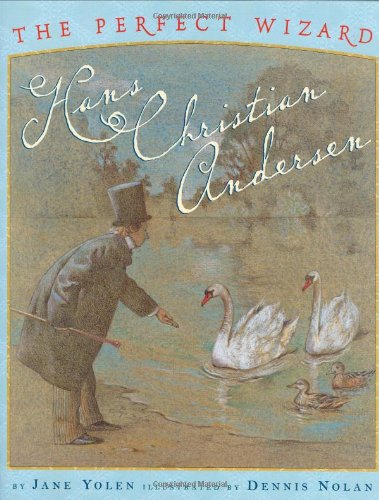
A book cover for Perfect Wizard, The: Hans Christian Andersen; Jane Yolen; Children's Books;